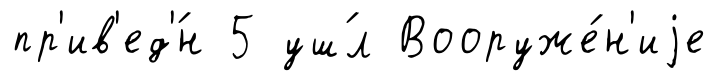
пр'ив'ед'́н 5 уш́л Вооруже́н'иjе